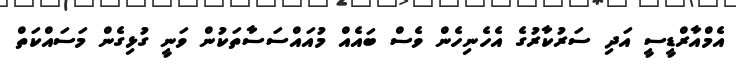
އެމްއާރްޑީސީ އަދި ސަރުކާރުގެ އެހެނިހެން ވެސް ބައެއް މުއައްސަސާތަކުން ވަނީ ގުޅިގެން މަސައްކަތް